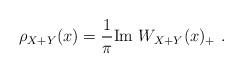
LaTeX: \begin{align*}\begin{aligned}\rho_{X+Y}(x)&=\frac{1}{\pi}\mathrm{Im}\ W_{X+Y}(x)_+\ .\end{aligned}\end{align*}